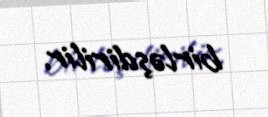
birləşdirilir.